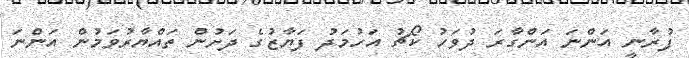
ފުރާނީ އަންނަ އަންގާރަ ދުވަހު ކޯޗު އަހުމަދު ފަޔާޒުގެ ދަށުން ތައްޔާރުވަމުން އަންނަ